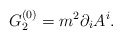
\begin{align*}G_2^{(0)} = m^2 \partial_iA^i. \end{align*}